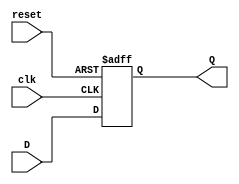
module FFD(input clk, reset, D, output reg Q);
	always @(posedge clk or posedge reset) 
	begin
		if (reset)
			Q <= 1'b0;
		else
			Q <= D;
	end 
endmodule
module FFD_2(input clk, reset, input [1:0] D, output reg [1:0] Q);

FFD U1(clk, reset , D[1], Q[1]);
FFD U2(clk, reset , D[0], Q[0]);		
	
endmodule
module 	Ejercicio1(input A,B, clk, reset, output wire Y, output wire [1:0] SP, SF);
wire SP0, SF0, SP1, SF1;
assign SF0= (~SP1 & ~SP0 & A);
assign SF1= (SP0 & B)| (SP1 & A & B);
assign Y=(SP1  & ~SP0 & A & B);
FFD S1(.clk(clk), .reset(reset), .D(SF1), .Q(SP1));
FFD S2(clk, reset, SP0, SF0);
assign SP={SP1,SP0};
assign SF={SF1,SP1};
endmodule